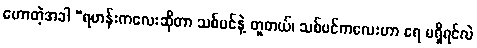
ဟောတဲ့အခါ “ရဟန်းကလေးဆိုတာ သစ်ပင်နဲ့ တူတယ်၊ သစ်ပင်ကလေးဟာ ရေ မရှိရင်လဲ